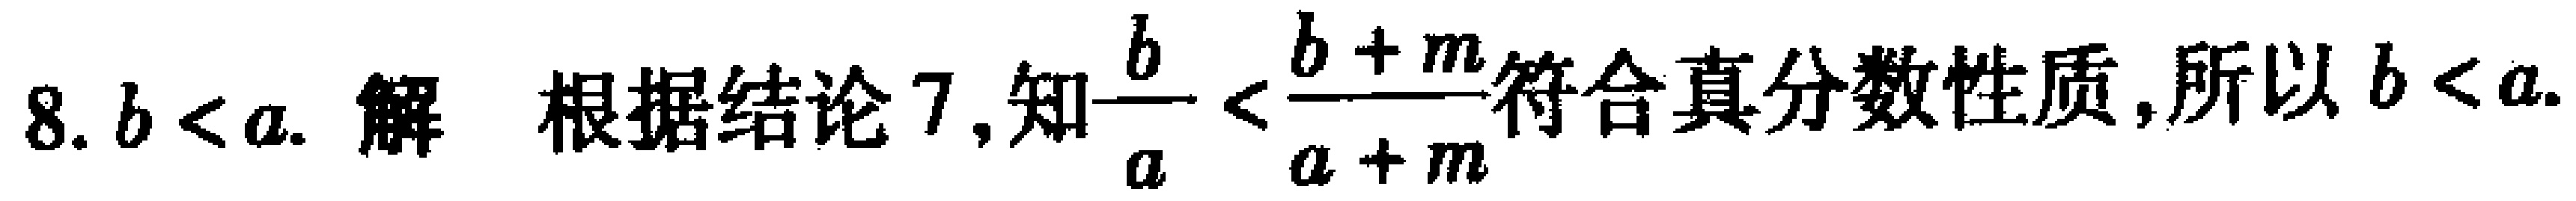
8. \(b < a\). 解 根据结论7,知\(\frac{b}{a}<\frac{b + m}{a + m}\)符合真分数性质,所以\(b < a\).